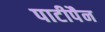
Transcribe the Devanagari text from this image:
पाटीपैन